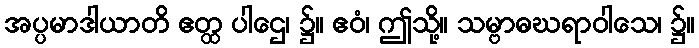
အပ္ပမာဒါယာတိ ဧတ္ထ ပါဌေ၊ ၌။ ဧဝံ၊ ဤသို့။ သမ္ဗာဓဃရာဝါသေ၊ ၌။